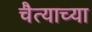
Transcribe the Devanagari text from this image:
चैत्याच्या